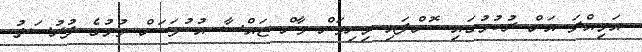
އަމިއްލަ އަށް ރުހުމުގައި ކޮށްފައި މިނިވަން ވާން ޖައްސާ އުކުޅަކަށް ވުމުގެ ފުރުސަތު